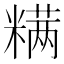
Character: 𰫋